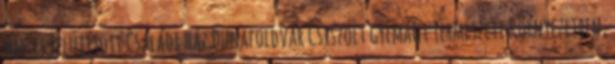
nm-es Felújított Családi ház Dunaföldvár Csiszolt gyémánt Természeti környezetben,